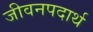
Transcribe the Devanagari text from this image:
जीवनपदार्थ